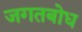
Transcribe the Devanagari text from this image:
जगतबोध